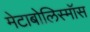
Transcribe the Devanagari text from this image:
मेटाबोलिस्मॉस